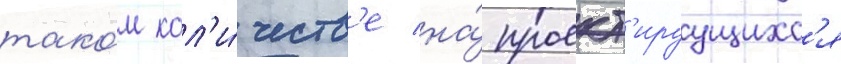
тако́м кол'и́честв'е на́ проект'ируущихс'я